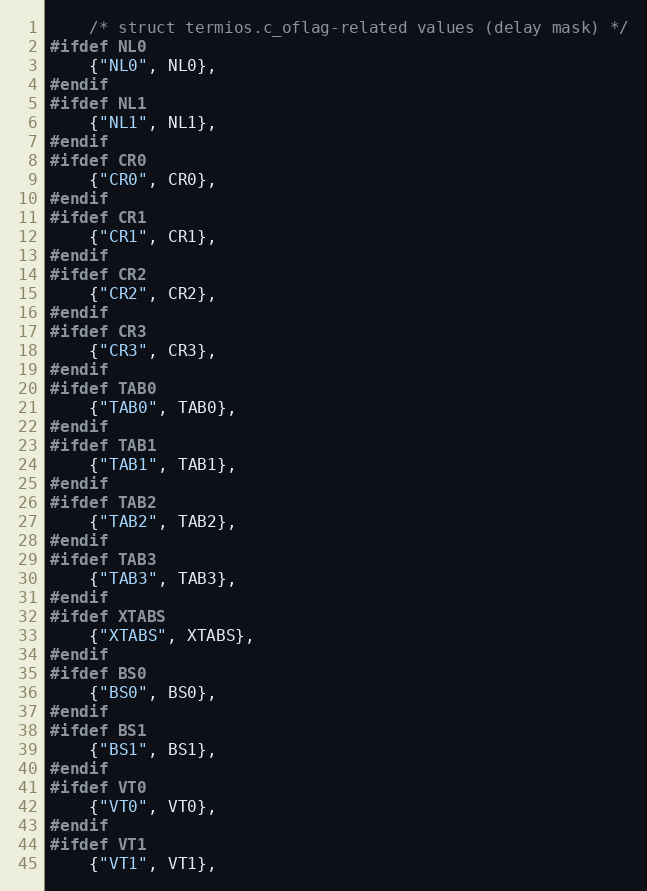
Language: C
    /* struct termios.c_oflag-related values (delay mask) */
#ifdef NL0
    {"NL0", NL0},
#endif
#ifdef NL1
    {"NL1", NL1},
#endif
#ifdef CR0
    {"CR0", CR0},
#endif
#ifdef CR1
    {"CR1", CR1},
#endif
#ifdef CR2
    {"CR2", CR2},
#endif
#ifdef CR3
    {"CR3", CR3},
#endif
#ifdef TAB0
    {"TAB0", TAB0},
#endif
#ifdef TAB1
    {"TAB1", TAB1},
#endif
#ifdef TAB2
    {"TAB2", TAB2},
#endif
#ifdef TAB3
    {"TAB3", TAB3},
#endif
#ifdef XTABS
    {"XTABS", XTABS},
#endif
#ifdef BS0
    {"BS0", BS0},
#endif
#ifdef BS1
    {"BS1", BS1},
#endif
#ifdef VT0
    {"VT0", VT0},
#endif
#ifdef VT1
    {"VT1", VT1},